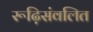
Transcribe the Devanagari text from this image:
रूढ़िसंवलित